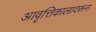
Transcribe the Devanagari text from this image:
आवृत्तिकालावरून